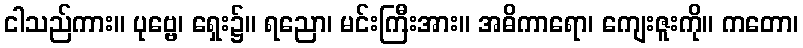
ငါသည်ကား။ ပုဗ္ဗေ၊ ရှေး၌။ ရညော၊ မင်းကြီးအား။ အဓိကာရော၊ ကျေးဇူးကို။ ကတော၊